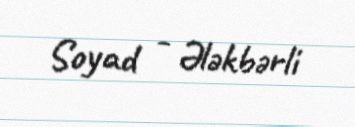
Soyad - Ələkbərli